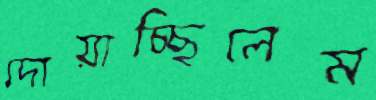
দোয়াচ্ছিলেম